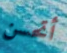
أتحسن